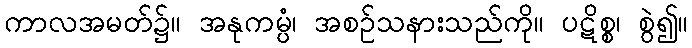
ကာလအမတ်၌။ အနုကမ္ပံ၊ အစဉ်သနားသည်ကို။ ပဋိစ္စ၊ စွဲ၍။